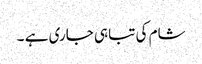
شام کی تباہی جاری ہے ۔